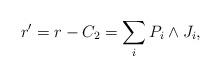
LaTeX: \begin{align*}r' = r - C_2 = \sum_{i } P_i \wedge J_i,\end{align*}